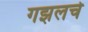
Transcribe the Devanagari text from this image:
गझलचे